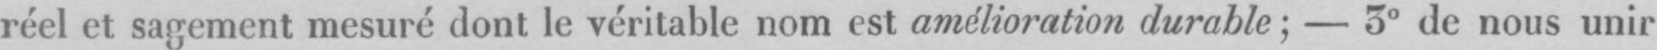
réel et sagement mesuré dont le véritable nom est amélioration durable;- 3° de nous unir